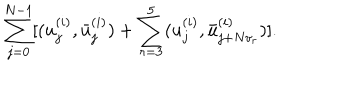
\sum _ { j = 0 } ^ { N - 1 } [ ( u _ { j } ^ { ( i ) } , { \bar { u } } _ { j } ^ { ( i ) } ) + \sum _ { r = 3 } ^ { 5 } ( u _ { j } ^ { ( i ) } , { \bar { u } _ { j + N v _ { r } } ^ { ( i ) } } ) ] .